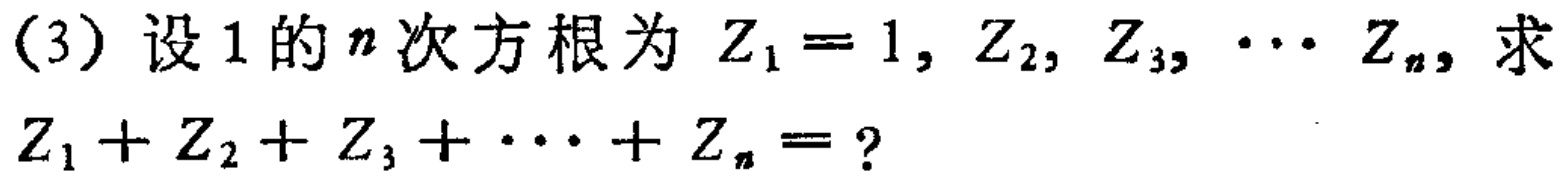
(3) 设1的\(n\)次方根为 \(Z_{1}=1, Z_{2}, Z_{3}, \cdots Z_{n}\), 求
\(Z_{1}+Z_{2}+Z_{3}+\cdots +Z_{n}=?\)